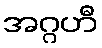
အဂ္ဂဟီ